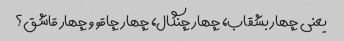
یعنی چهار بشقاب، چهار چنگال، چهار چاقو و چهار قاشق؟